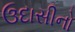
ઉદાસીનો